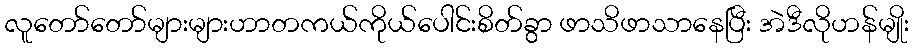
လူတော်တော်များများဟာတကယ်ကိုယ်ပေါင်းစိတ်ခွာ ဖာသိဖာသာနေပြီး အဲဒီလိုဟန်မျိုး